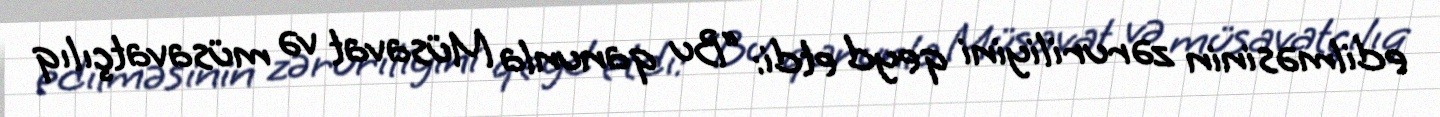
edilməsinin zəruriliyini qeyd etdi: “Bu qanunla Müsavat və müsavatçılıq